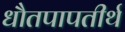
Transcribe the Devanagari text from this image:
धौतपापतीर्थ